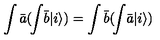
\int { \bar { a } } ( \! \int \! { \bar { b } } | i \rangle ) = \int { \bar { b } } ( \! \int \! { \bar { a } } | i \rangle )